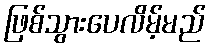
ဖြစ်သွားပေလိမ့်မည်